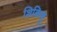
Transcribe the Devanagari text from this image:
शिकिबू